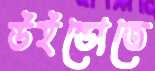
উইন্ডোতে